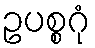
ဥပစ္စဂုံ